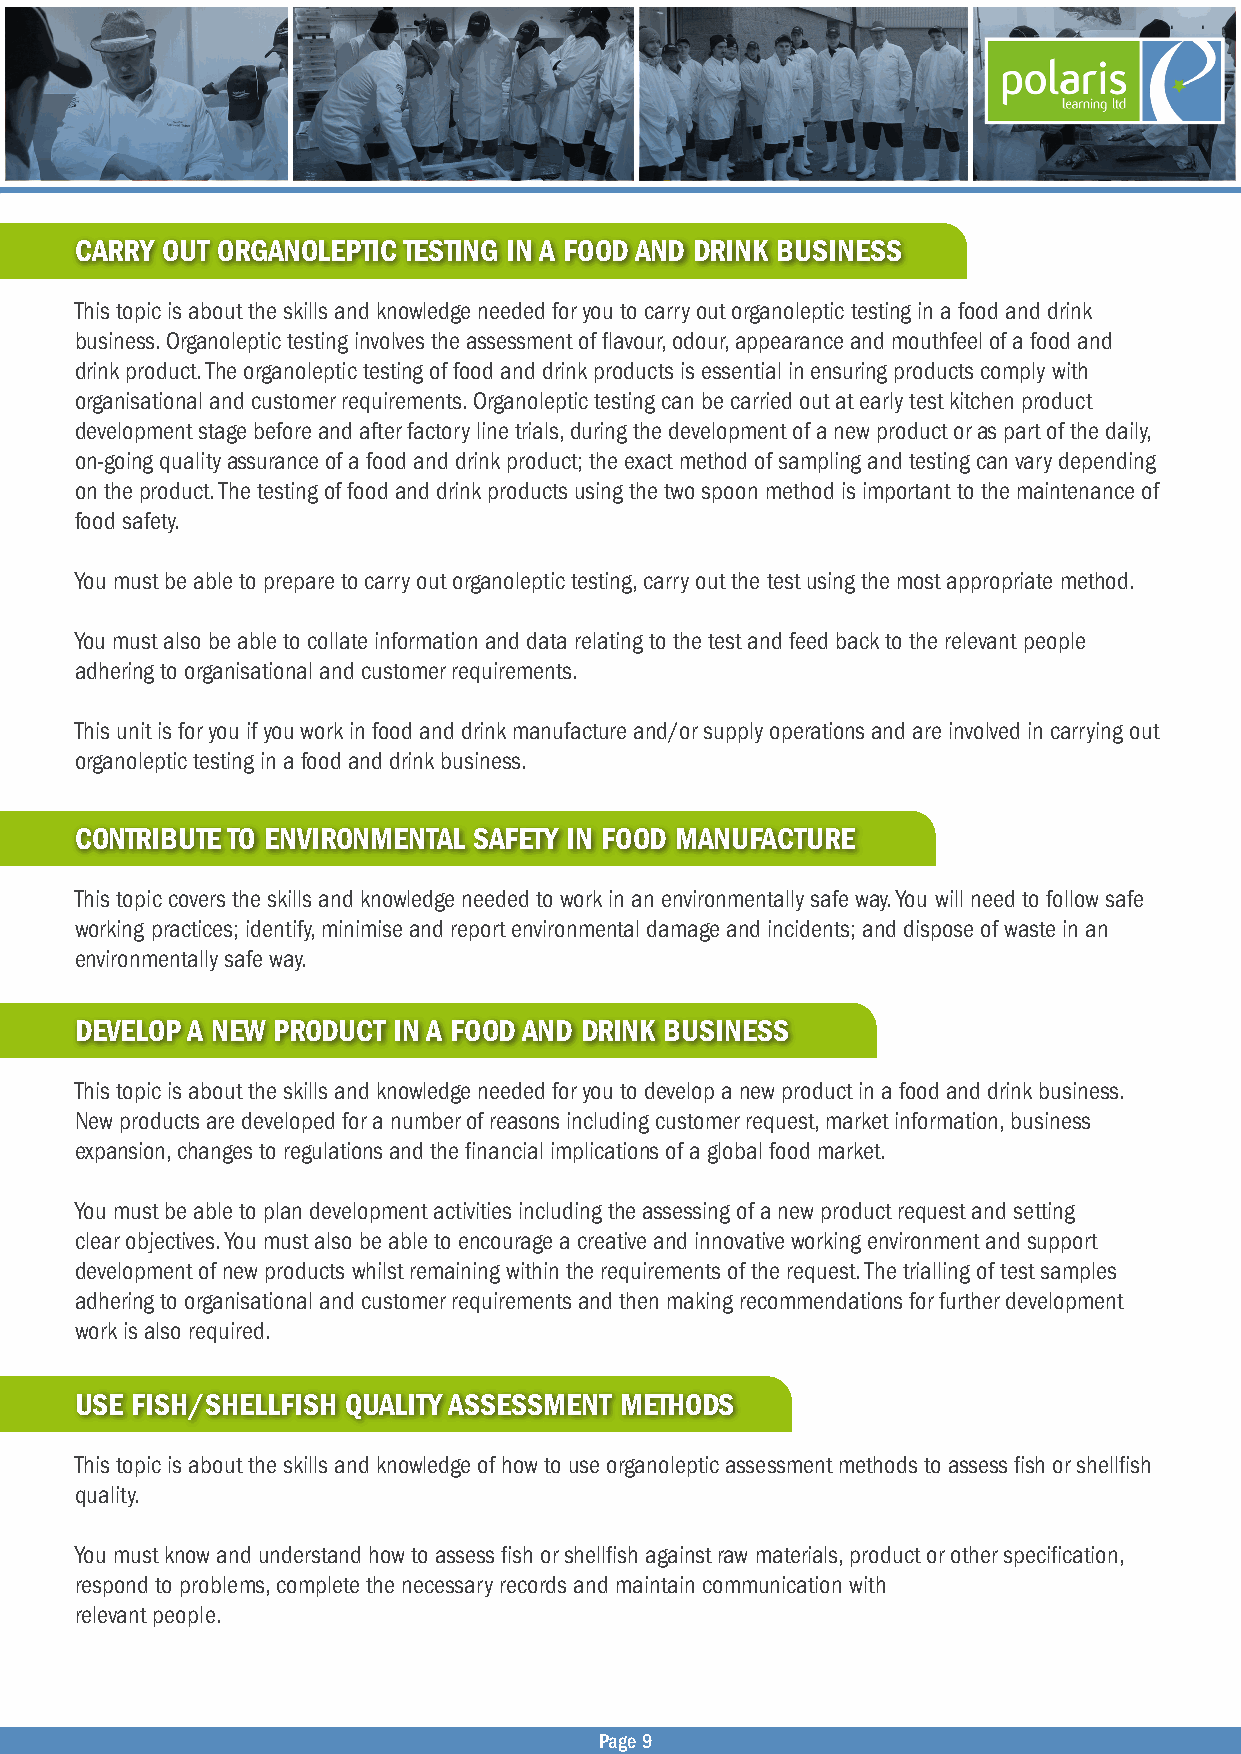
CARRY OUT ORGANOLEPTIC TESTING IN A FOOD AND DRINK BUSINESS
 This topic is about the skills and knowledge needed for you to carry out organoleptic testing in a food and drink
 business. Organoleptic testing involves the assessment of flavour, odour, appearance and mouthfeel of a food and
 drink product. The organoleptic testing of food and drink products is essential in ensuring products comply with
 organisational and customer requirements. Organoleptic testing can be carried out at early test kitchen product
 development stage before and after factory line trials, during the development of a new product or as part of the daily,
 on-going quality assurance of a food and drink product; the exact method of sampling and testing can vary depending
 on the product. The testing of food and drink products using the two spoon method is important to the maintenance of
 food safety.
 You must be able to prepare to carry out organoleptic testing, carry out the test using the most appropriate method.
 You must also be able to collate information and data relating to the test and feed back to the relevant people
 adhering to organisational and customer requirements.
 This unit is for you if you work in food and drink manufacture and/or supply operations and are involved in carrying out
 organoleptic testing in a food and drink business.
 CONTRIBUTE TO ENVIRONMENTAL SAFETY IN FOOD MANUFACTURE
 This topic covers the skills and knowledge needed to work in an environmentally safe way. You will need to follow safe
 working practices; identify, minimise and report environmental damage and incidents; and dispose of waste in an
 environmentally safe way.
 DEVELOP A NEW PRODUCT IN A FOOD AND DRINK BUSINESS
 This topic is about the skills and knowledge needed for you to develop a new product in a food and drink business.
 New products are developed for a number of reasons including customer request, market information, business
 expansion, changes to regulations and the financial implications of a global food market.
 You must be able to plan development activities including the assessing of a new product request and setting
 clear objectives. You must also be able to encourage a creative and innovative working environment and support
 development of new products whilst remaining within the requirements of the request. The trialling of test samples
 adhering to organisational and customer requirements and then making recommendations for further development
 work is also required.
 USE FISH/SHELLFISH QUALITY ASSESSMENT METHODS
 This topic is about the skills and knowledge of how to use organoleptic assessment methods to assess fish or shellfish
 quality.
 You must know and understand how to assess fish or shellfish against raw materials, product or other specification,
 respond to problems, complete the necessary records and maintain communication with
 relevant people.
 Page 9